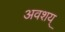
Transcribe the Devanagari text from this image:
अवशय्